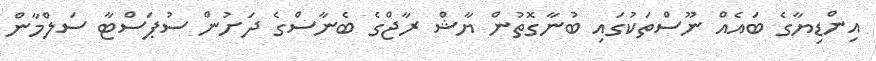
އިންޑިޔާގެ ބައެއް ނޫސްތަކުގައި ބުނާގޮތުން ޔާޝް ރާޖްގެ ބެނާސްގެ ދަށުން ސުޕަސްޓާ ސަލްމާން